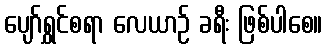
ပျော်ရွှင်စရာ လေယာဉ် ခရီး ဖြစ်ပါစေ။